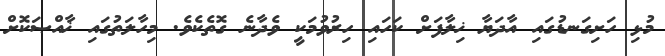
މުޅި ހަށިގަނޑުގައި އާދަޔާ ޚިލާފަށް ކަހައި ހިރުވުމަކީ ވެދާނެ ގޮތެކެވެ. މިހާލަތުގައި ޚާއްޞަކޮށް